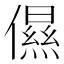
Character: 儑